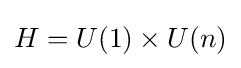
H=U(1)\times U(n)